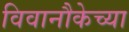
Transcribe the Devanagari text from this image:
विवानौकेच्या